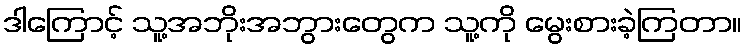
ဒါကြောင့် သူ့အဘိုးအဘွားတွေက သူ့ကို မွေးစားခဲ့ကြတာ။